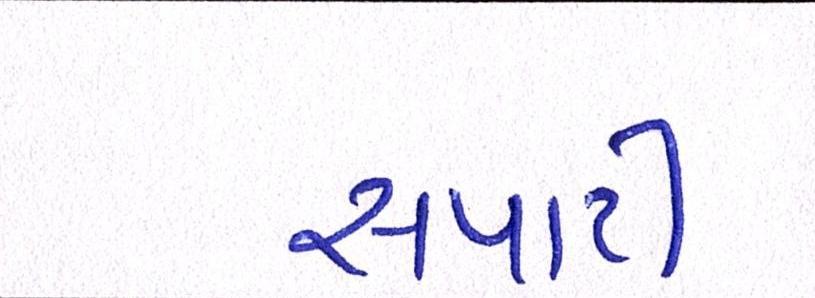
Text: સપાટી